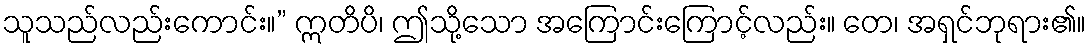
သူသည်လည်းကောင်း။” ဣတိပိ၊ ဤသို့သော အကြောင်းကြောင့်လည်း။ တေ၊ အရှင်ဘုရား၏။